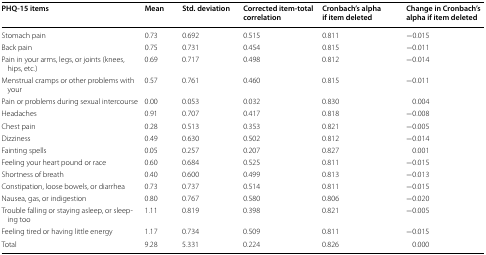
<table><thead><tr><td><b>PHQ-15 items</b></td><td><b>Mean</b></td><td><b>Std. deviation</b></td><td><b>Corrected item-total correlation</b></td><td><b>Cronbach’s alpha if item deleted</b></td><td><b>Change in Cronbach’s alpha if item deleted</b></td></tr></thead><tbody><tr><td>Stomach pain</td><td>0.73</td><td>0.692</td><td>0.515</td><td>0.811</td><td>−0.015</td></tr><tr><td>Back pain</td><td>0.75</td><td>0.731</td><td>0.454</td><td>0.815</td><td>−0.011</td></tr><tr><td>Pain in your arms, legs, or joints (knees, hips, etc.)</td><td>0.69</td><td>0.717</td><td>0.498</td><td>0.812</td><td>−0.014</td></tr><tr><td>Menstrual cramps or other problems with your</td><td>0.57</td><td>0.761</td><td>0.460</td><td>0.815</td><td>−0.011</td></tr><tr><td>Pain or problems during sexual intercourse</td><td>0.00</td><td>0.053</td><td>0.032</td><td>0.830</td><td>0.004</td></tr><tr><td>Headaches</td><td>0.91</td><td>0.707</td><td>0.417</td><td>0.818</td><td>−0.008</td></tr><tr><td>Chest pain</td><td>0.28</td><td>0.513</td><td>0.353</td><td>0.821</td><td>−0.005</td></tr><tr><td>Dizziness</td><td>0.49</td><td>0.630</td><td>0.502</td><td>0.812</td><td>−0.014</td></tr><tr><td>Fainting spells</td><td>0.05</td><td>0.257</td><td>0.207</td><td>0.827</td><td>0.001</td></tr><tr><td>Feeling your heart pound or race</td><td>0.60</td><td>0.684</td><td>0.525</td><td>0.811</td><td>−0.015</td></tr><tr><td>Shortness of breath</td><td>0.40</td><td>0.600</td><td>0.499</td><td>0.813</td><td>−0.013</td></tr><tr><td>Constipation, loose bowels, or diarrhea</td><td>0.73</td><td>0.737</td><td>0.514</td><td>0.811</td><td>−0.015</td></tr><tr><td>Nausea, gas, or indigestion</td><td>0.80</td><td>0.767</td><td>0.580</td><td>0.806</td><td>−0.020</td></tr><tr><td>Trouble falling or staying asleep, or sleeping too</td><td>1.11</td><td>0.819</td><td>0.398</td><td>0.821</td><td>−0.005</td></tr><tr><td>Feeling tired or having little energy</td><td>1.17</td><td>0.734</td><td>0.509</td><td>0.811</td><td>−0.015</td></tr><tr><td>Total</td><td>9.28</td><td>5.331</td><td>0.224</td><td>0.826</td><td>0.000</td></tr></tbody></table>